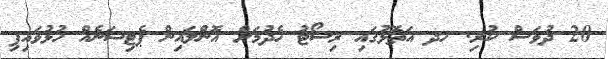
20 ދުވަސް ކުރި. ހދ އަތޮޅުގައި ރިސޯޓު ހެދުމަށް އޮންލައިން ޕެޓިޝަނެއް ހުޅުވައިފި